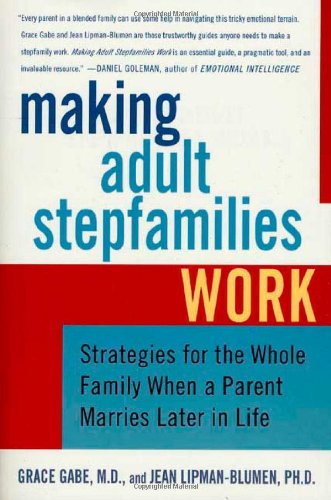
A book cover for Making Adult Stepfamilies Work: Strategies for the Whole Family When a Parent Marries Later in Life; Jean Lipman-Blumen; Parenting & Relationships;